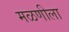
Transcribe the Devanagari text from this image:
मळणीला